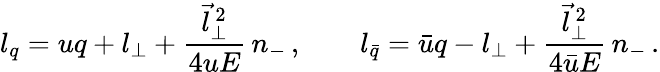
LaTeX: l_{q}=uq+l_{\perp}+\frac{\vec{l}_{\perp}^{\, 2}}{4uE}\, n_{-}\, ,\qquad l_{\bar{q}}=\bar{u}q-l_{\perp}+\frac{\vec{l}_{\perp}^{\, 2}}{4\bar{u}E}\, n_{-}\, .